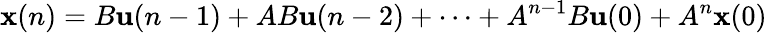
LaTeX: {\textbf{x}}(n)=B{\textbf{u}}(n-1)+AB{\textbf{u}}(n-2)+\cdots+A^{n-1}B{\textbf{u}}(0)+A^{n}{\textbf{x}}(0)